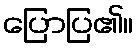
ပြောပြ၏။